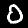
Label: 0